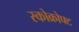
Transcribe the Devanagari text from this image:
स्कोक्रोफ्ट